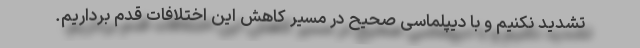
تشدید نکنیم و با دیپلماسی صحیح در مسیر کاهش این اختلافات قدم برداریم.